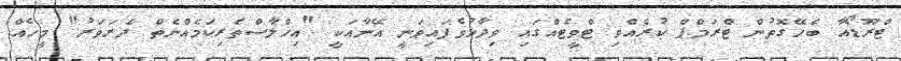
ޓްރޫޑޯއާ ބެހޭގޮތުން ޓްރަމްޕް ކުރެއްވި ޓްވީޓެއްގައި ވިދާޅުވެފައިވަނީ އޭނާއަކީ "އިޚްލާސްތެރިކަމެއްނެތް ދެރަވަރު" މީހެއް